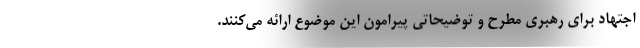
اجتهاد برای رهبری مطرح و توضیحاتی پیرامون این موضوع ارائه می‌کنند.